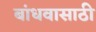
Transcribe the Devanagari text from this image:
बांधवासाठी